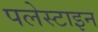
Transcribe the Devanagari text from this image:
पलेस्टाइन